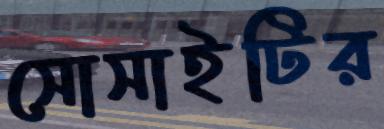
সোসাইটির